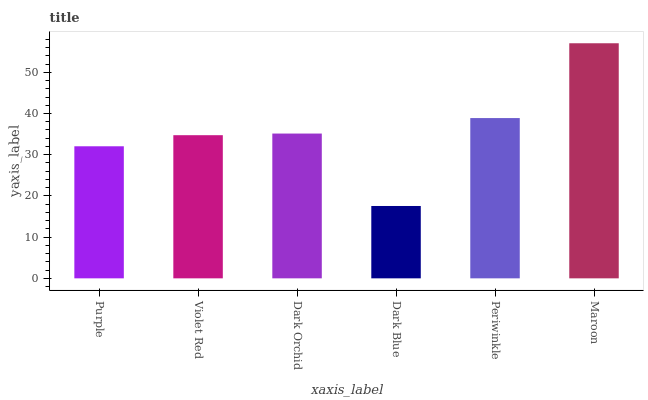
| xaxis_label | bars |
 | --- | --- |
 | Purple | 32 |
 | Violet Red | 34.7 |
 | Dark Orchid | 35.1 |
 | Dark Blue | 17.6 |
 | Periwinkle | 38.9 |
 | Maroon | 57 |